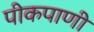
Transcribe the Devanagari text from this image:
पीकपाणी